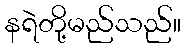
နရဲတို့မည်သည်။